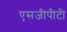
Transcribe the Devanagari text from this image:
एसजीपीटी